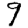
Digit: 9